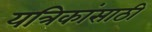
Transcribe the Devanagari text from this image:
यत्रिकांसाठी